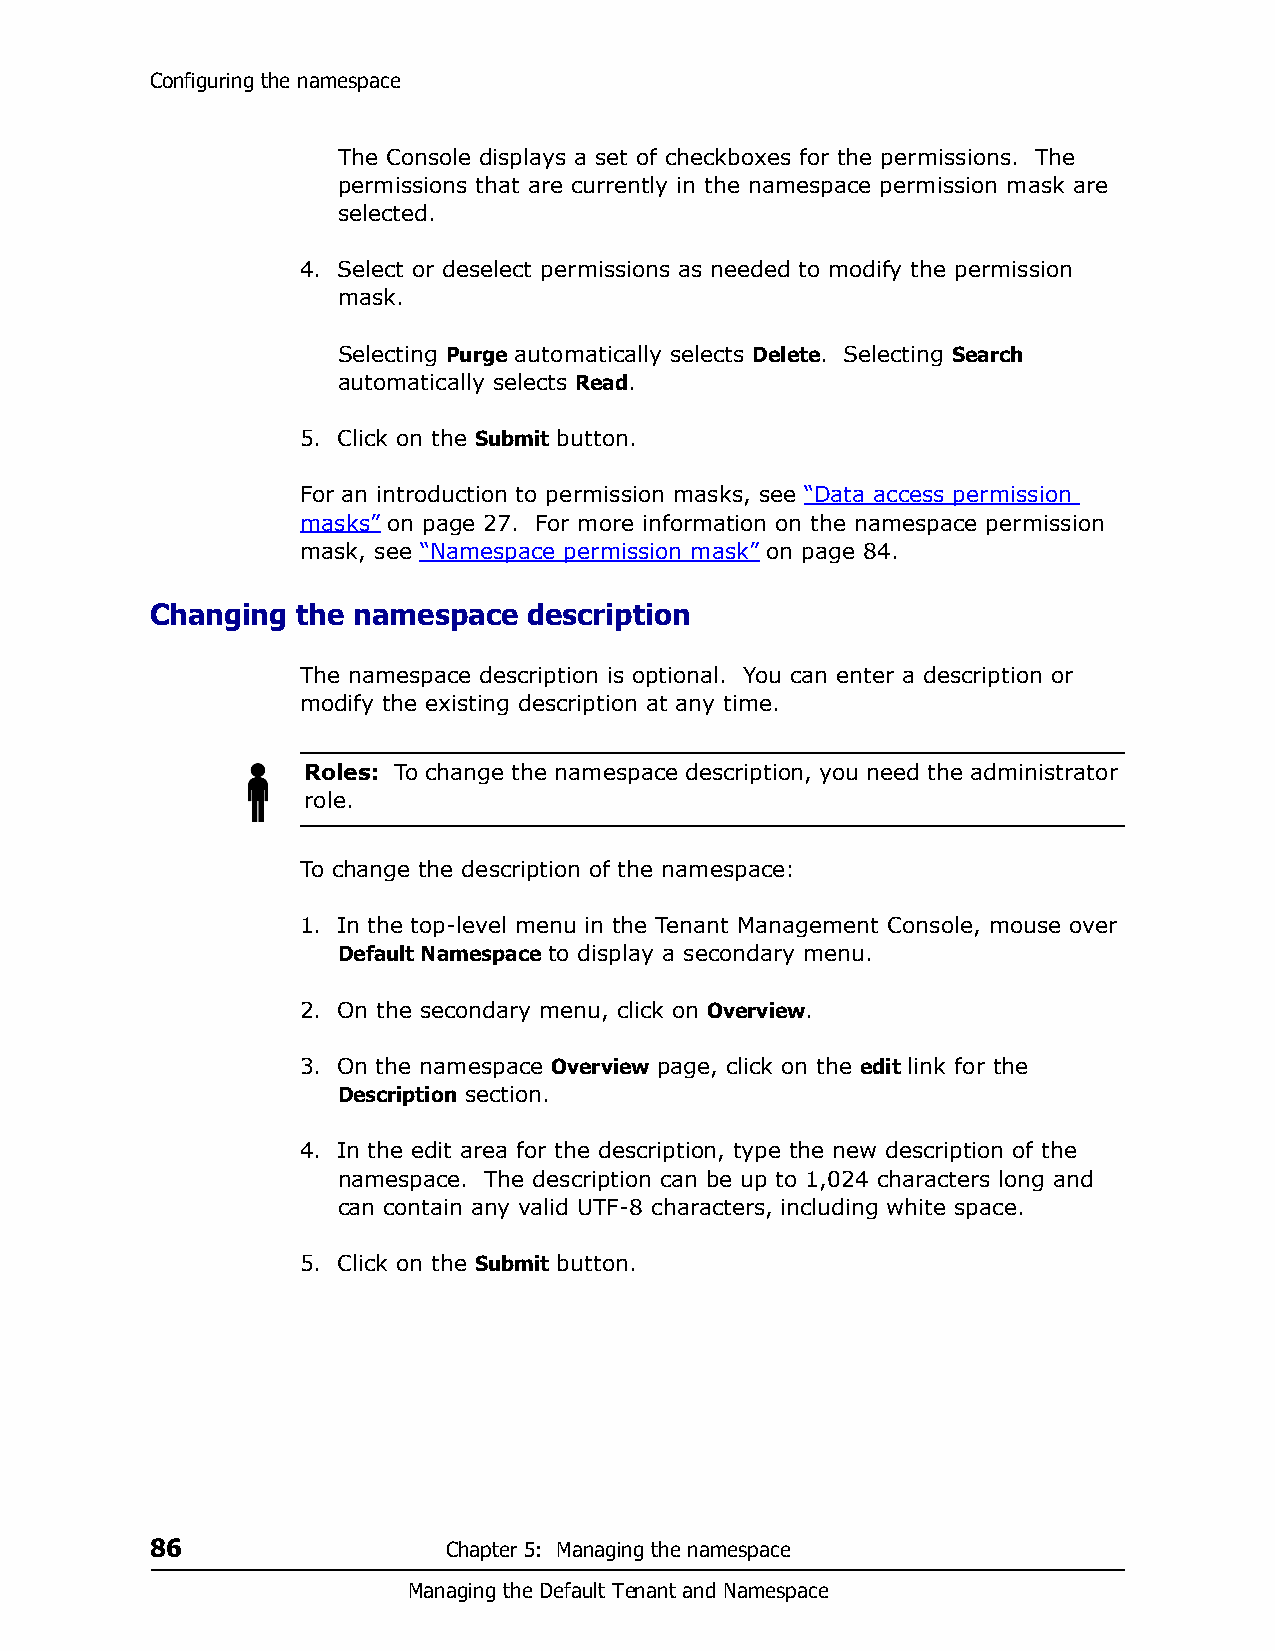
Configuring the namespace
 The Console displays a set of checkboxes for the permissions. The
 permissions that are currently in the namespace permission mask are
 selected.
 4. Select or deselect permissions as needed to modify the permission
 mask.
 Selecting Purge automatically selects Delete. Selecting Search
 automatically selects Read.
 5. Click on the Submit button.
 For an introduction to permission masks, see “Data access permission
 masks” on page 27. For more information on the namespace permission
 mask, see “Namespace permission mask” on page 84.
 Changing  the namespace  description
 The namespace description is optional. You can enter a description or
 modify the existing description at any time.
 Roles: To change the namespace description, you need the administrator
 role.
 To change the description of the namespace:
 1. In the top-level menu in the Tenant Management Console, mouse over
 Default Namespace to display a secondary menu.
 2. On the secondary menu, click on Overview.
 3. On the namespace Overview page, click on the edit link for the
 Description section.
 4. In the edit area for the description, type the new description of the
 namespace. The description can be up to 1,024 characters long and
 can contain any valid UTF-8 characters, including white space.
 5. Click on the Submit button.
 86                  Chapter 5: Managing the namespace
 Managing the Default Tenant and Namespace